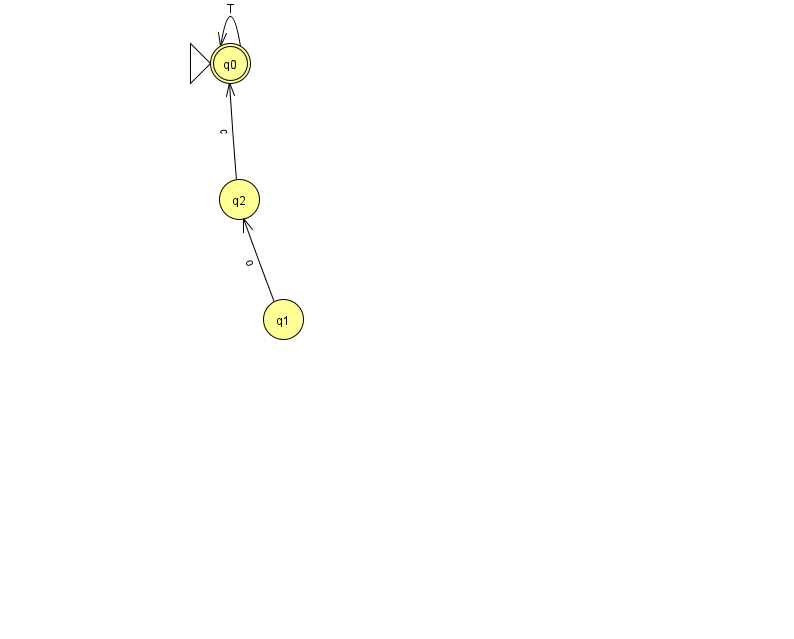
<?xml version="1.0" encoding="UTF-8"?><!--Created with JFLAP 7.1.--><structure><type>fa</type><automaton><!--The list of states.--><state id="0" name="q0"><x>230.0</x><y>50.0</y><initial/><final/></state><state id="1" name="q1"><x>283.0</x><y>306.0</y></state><state id="2" name="q2"><x>239.0</x><y>186.0</y></state><!--The list of transitions.--><transition><from>2</from><to>0</to><read>c</read></transition><transition><from>0</from><to>0</to><read>T</read></transition><transition><from>1</from><to>2</to><read>o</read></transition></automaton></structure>